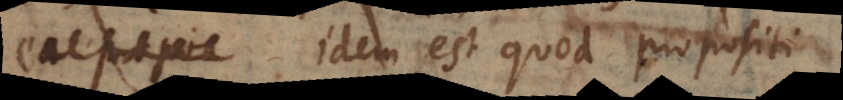
non-B, idem est quod propositi